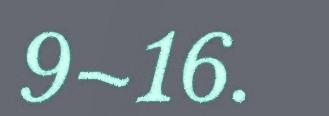
9–16.